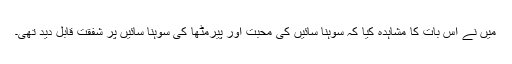
میں نے اس بات کا مشاہدہ کیا کہ سوہنا سائیں کی محبت اور پیرمٹھاؒ کی سوہنا سائیں پر شفقت قابل دید تھی۔